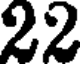
22